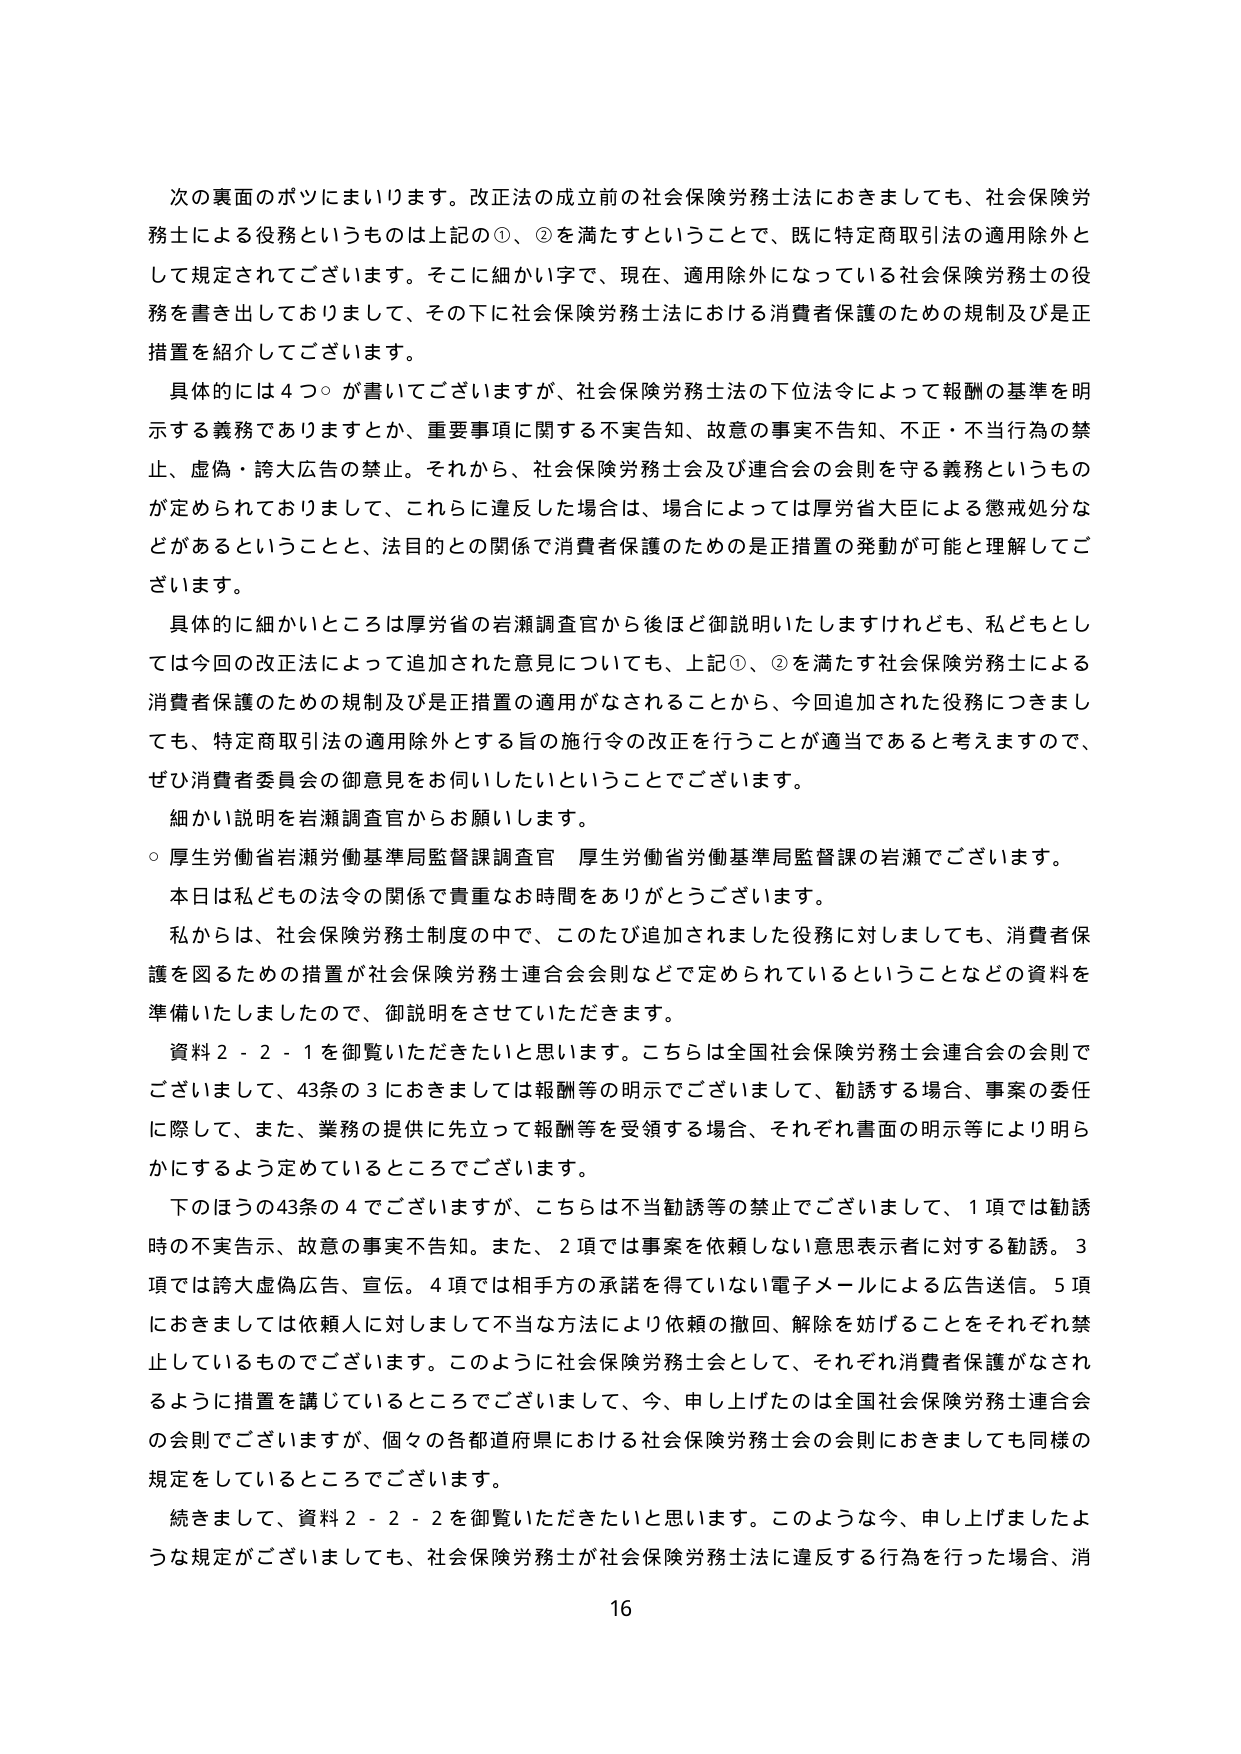
次の裏面のボツにまいります。改正法の成立前の社会保険労務士法におきましても、社会保険労務士による役務というものは上記の①、②を満たすということで、既に特定商取引法の適用除外として規定されてございます。そこに細かい字で、現在、適用除外になっている社会保険労務士の役務を書き出しておりまして、その下に社会保険労務士法における消費者保護のための規制及び是正措置を紹介してございます。

具体的には４つ○が書いてございますが、社会保険労務士法の下位法令によって報酬の基準を明示する義務でありますとか、重要事項に関する不実告知、故意の事実不告知、不正・不当行為の禁止、虚偽・誇大広告の禁止。それから、社会保険労務士会及び連合会の会則を守る義務というものが定められておりまして、これらに違反した場合は、場合によっては厚労省大臣による懲戒処分などがあるということと、法目的との関係で消費者保護のためのは正措置の発動が可能と理解してございます。

具体的に細かいところは厚労省の岩瀬調査官から後ほど御説明いたしますけれども、私どもとしては今回の改正法によって追加された意見についても、上記①、②を満たす社会保険労務士による消費者保護のための規制及び是正措置の適用がされることから、今回追加された役務につきましても、特定商取引法の適用除外とする旨の施行令の改正を行うことが適当であると考えますので、ぜひ消費者委員会の御意見をお伺いしたいということでございます。

細かい説明を岩瀬調査官からお願いします。

○ 厚生労働省岩瀬労働基準局監督課調査官 厚生労働省労働基準局監督課の岩瀬でございます。

本日は私どもの法令の関係で貴重なお時間をありがとうございます。

私からは、社会保険労務士制度の中で、このたび追加されました役務に対しましても、消費者保護を図るための措置が社会保険労務士連合会会則などで定められているということなどの資料を準備いたしましたので、御説明をさせていただきます。

資料２－２－１を御覧いただきたいと思います。こちらは全国社会保険労務士会連合会の会則でございまして、43条の3におきましては報酬等の明示でございまして、勧誘する場合、事案の委任に際して、また、業務の提供に先立って報酬等を受領する場合、それぞれ書面の明示等により明らかにするよう定めているところでございます。

下のほうの43条の4でございますが、こちらは不当勧誘等の禁止でございまして、1項では勧誘時の不実告示、故意の事実不告知。また、2項では事案を依頼しない意思表示者に対する勧誘。3項では誇大虚偽広告、宣伝。4項では相手方の承諾を得ていない電子メールによる広告送信。5項におきましては依頼人に対しまして不当な方法により依頼の撤回、解除を妨げることをそれぞれ禁止しているものでございます。このように社会保険労務士会として、それぞれ消費者保護がなされるように措置を講じているところでございまして、今、申し上げたのは全国社会保険労務士連合会の会則でございますが、個々の各都道府県における社会保険労務士会の会則におきましても同様の規定をしているところでございます。

続きまして、資料２－２－２を御覧いただきたいと思います。このような今、申し上げましたような規定がございましても、社会保険労務士が社会保険労務士法に違反する行為を行った場合、消

16